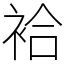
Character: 袷